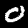
Digit: 0